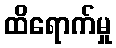
ထိရောက်မှု